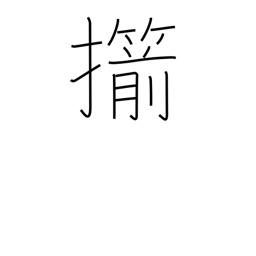
Meaning: straighten (an arrow)